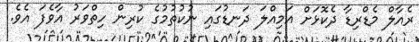
ރެއާލް މެޑްރިޑާ ދެކޮޅަށް އަމިއްލަ ދަނޑުގައި ނުކުތުމުގެ ކުރިން ހިތްވަރު އާވެފަ އެވެ.